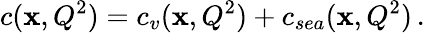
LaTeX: c(\mathbf{x},Q^{2})=c_{v}(\mathbf{x},Q^{2})+c_{sea}(\mathbf{x},Q^{2})\, .